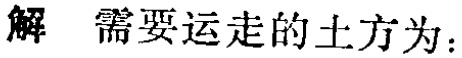
解 需要运走的土方为：